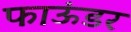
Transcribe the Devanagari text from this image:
फाऊंडर